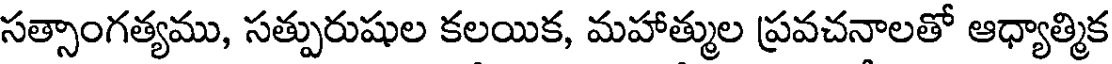
సత్సాంగత్యము, సత్పురుషుల కలయిక, మహాత్ముల ప్రవచనాలతో ఆధ్యాత్మిక